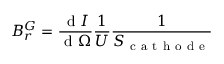
B _ { r } ^ { G } = \frac { \mathrm { ~ d ~ } I } { \mathrm { ~ d ~ } \Omega } \frac { 1 } { U } \frac { 1 } { S _ { \mathrm { ~ c ~ a ~ t ~ h ~ o ~ d ~ e ~ } } }